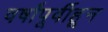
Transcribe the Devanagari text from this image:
वर्षांपूर्वीहून